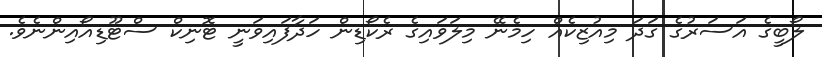
ލޯބީގެ އަސަރުގެ ގަދަ މިއުޒިކެއް ހިމެނޭ މިލަވައިގެ ރެކޯޑިން ހަދާފައިވަނީ ޓޮނިކް ސްޓޫޑިއޯއިންނެވެ.